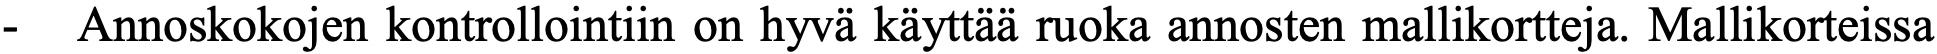
-  Annoskokojen kontrollointiin on hyvä käyttää ruoka annosten mallikortteja. Mallikorteissa